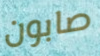
صابون